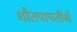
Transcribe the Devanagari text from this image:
धौतपापतीर्थ